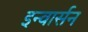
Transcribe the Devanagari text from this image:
इन्वार्सन